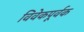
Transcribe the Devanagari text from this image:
विवेकपूर्वक